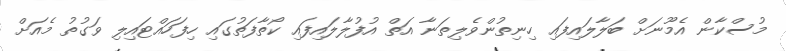
މުސްކާން އެމޫނަށް ބަލާލައިފައި ހިނިތުންވެލިތަނާ އަތް އުފުލާލައިފައި ކޯތާފަތުގައި ހިފަހައްޓައިލި ވަގުތު މެއަށް